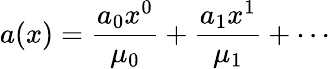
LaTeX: a(x)={\frac{a_{0}x^{0}}{\mu_{0}}}+{\frac{a_{1}x^{1}}{\mu_{1}}}+\cdots